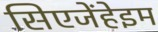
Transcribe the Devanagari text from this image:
सिएजेंहेइम